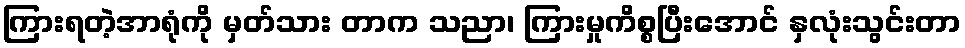
ကြားရတဲ့အာရုံကို မှတ်သား တာက သညာ၊ ကြားမှုကိစ္စပြီးအောင် နှလုံးသွင်းတာ